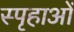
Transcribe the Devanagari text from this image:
स्पृहाओं